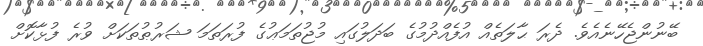
ބޭނުންޖެހޭނެއެވެ. ދެރަ ޙާލަތެއް އުފެއްދުމުގެ ބަދަލުގައި މުޖުތަމަޢުގެ ފުރަތަމަ ޝަރުޠުތަކަށް ވުރެ ފުޅާކޮށް